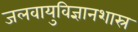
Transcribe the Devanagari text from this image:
जलवायुविज्ञानशास्र